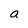
Character: a